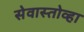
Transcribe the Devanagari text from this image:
सेवास्तोव्हा